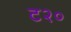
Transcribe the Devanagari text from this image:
ट२०